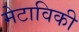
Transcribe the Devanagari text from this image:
मेटाविकी